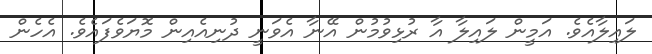
ލައިލާއެވެ. އަމީން ލައިލާ އާ ރުޅިވުމުން އޭނާ އެވަނީ ދުނިއެއިން މޮޔަވެފައެވެ. އެހެން